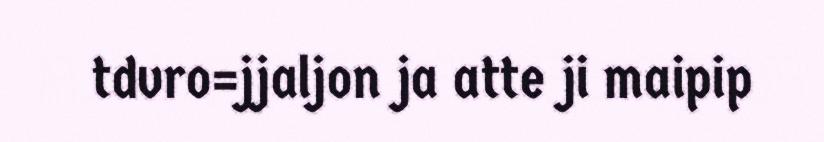
tdvro=jjaljon ja atte ji maipip